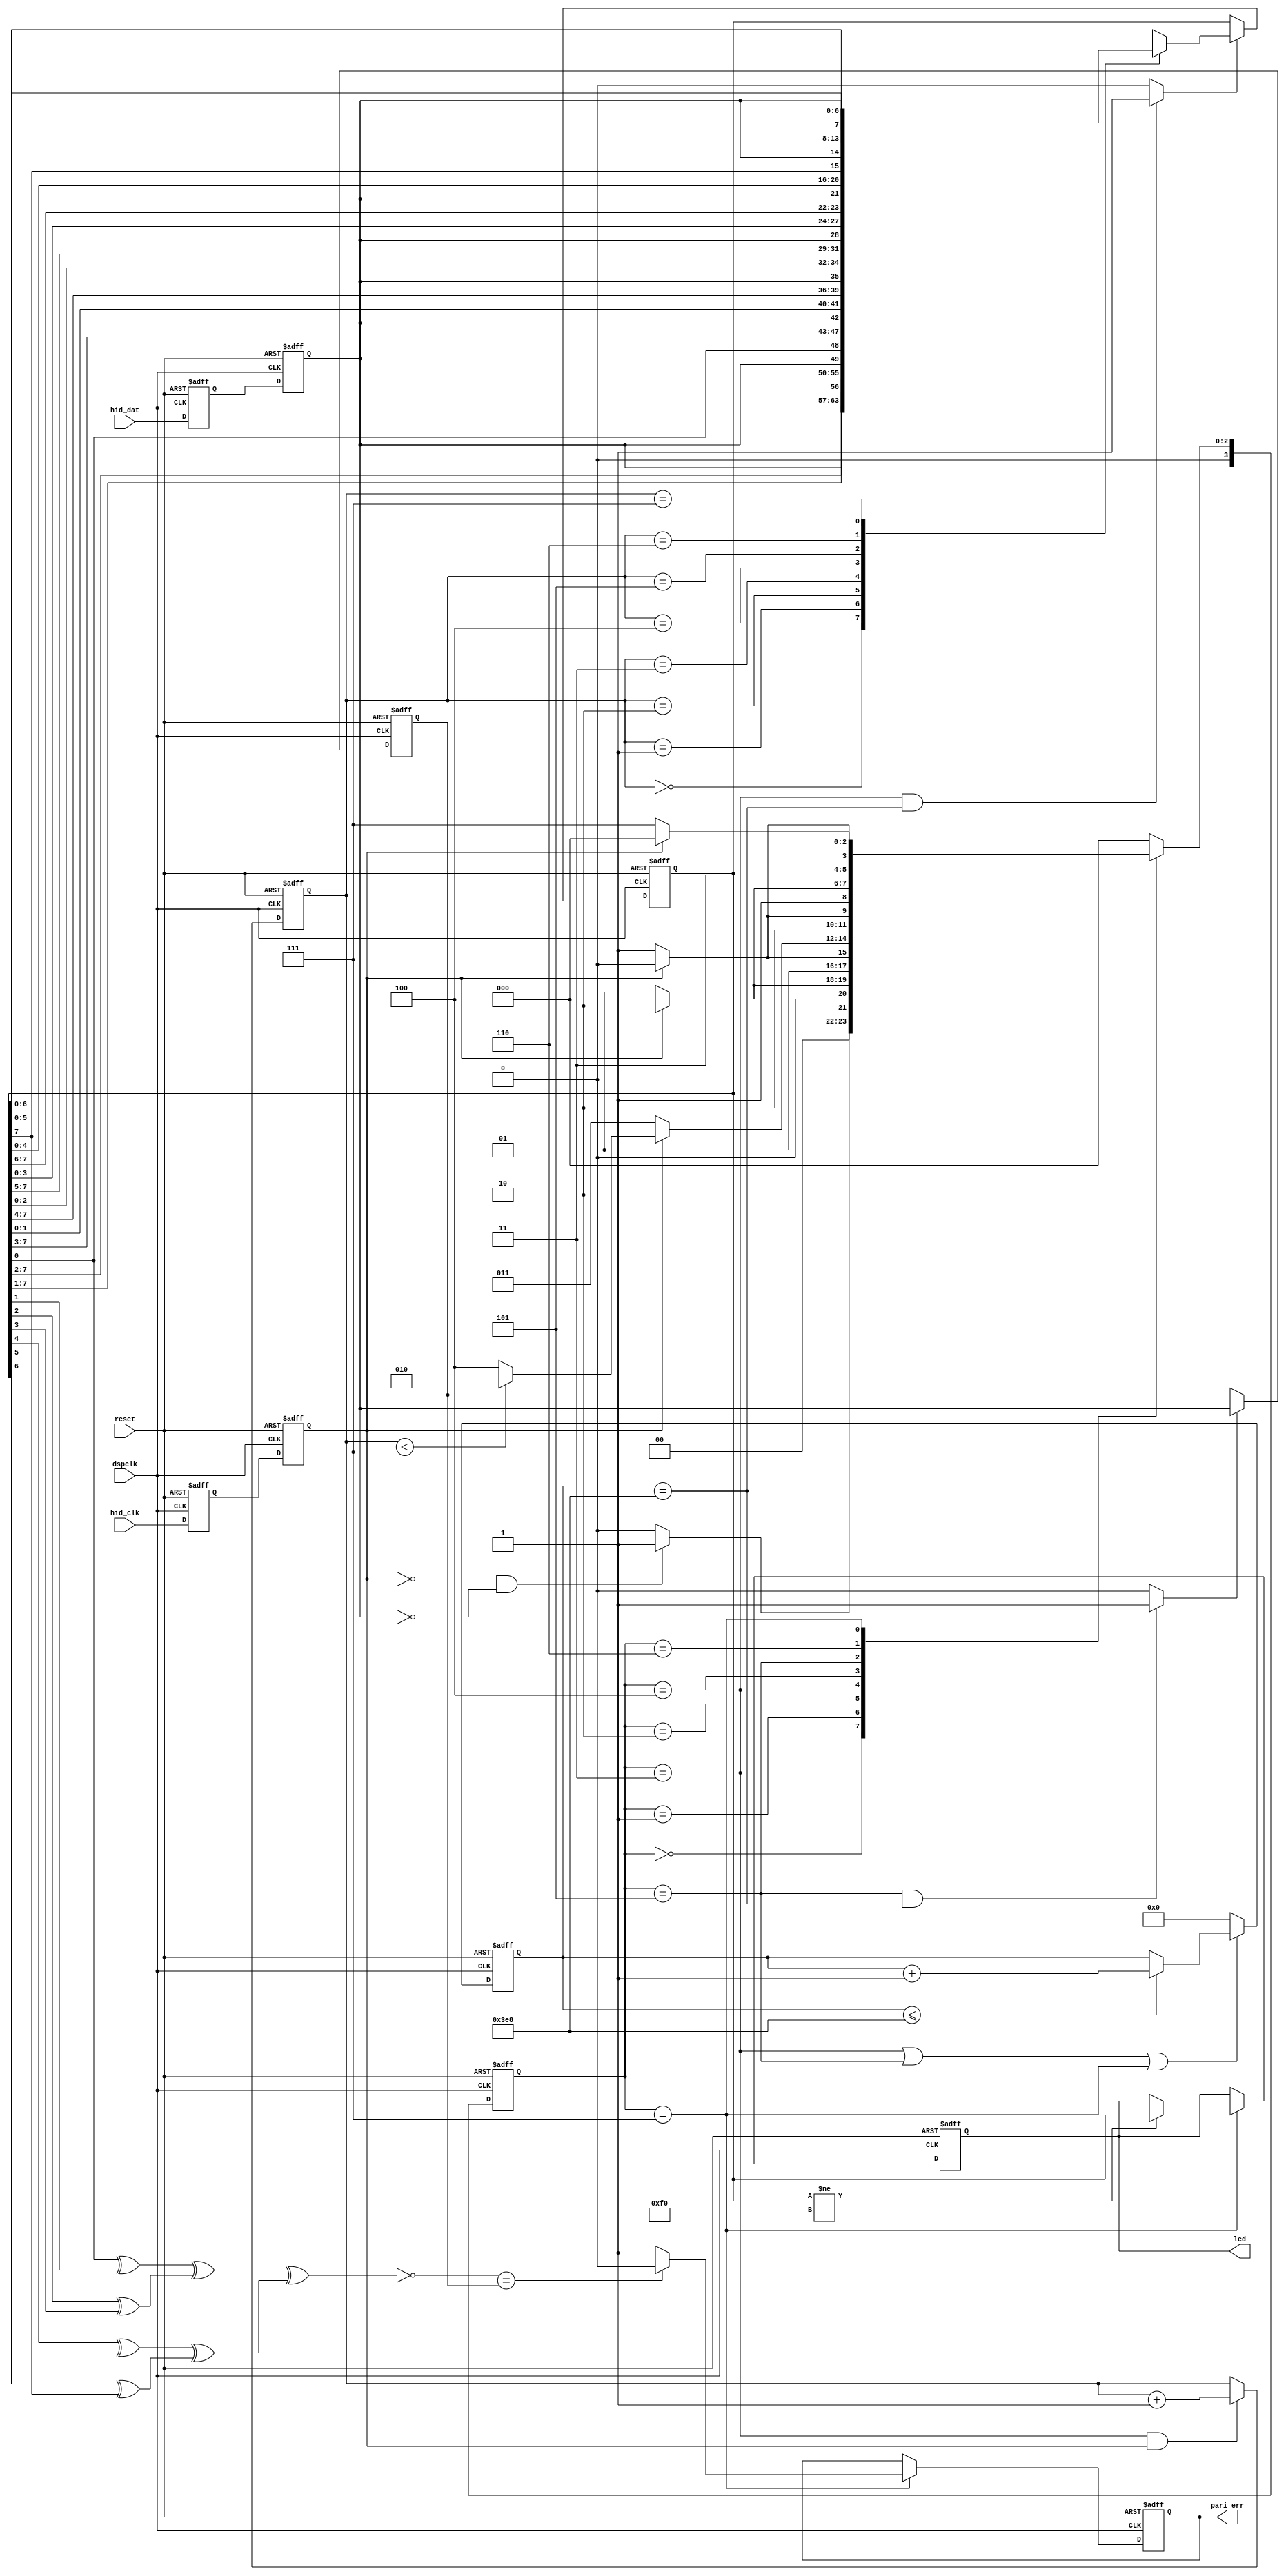
`timescale 1ns / 1ps
//////////////////////////////////////////////////////////////////////////////////
// DegicLab - Da Nang - Vietnam
// degic.center@gmail.com
// +84 935 737 800
// 
// Design Name: 
// Module Name: hid_controller
// Project Name: HID Demo
// Target Devices: Basys3
// Tool Versions: Vivado 2018.1
// Description: 
// 
// Dependencies: 
// 
// Revision:
// Revision 0.01 - File Created
// Additional Comments:
// 
//////////////////////////////////////////////////////////////////////////////////


// HID controller
// version  1

// History
/*20190425: 
 - initial version
 - parity:   not yet
 - data decode:  not yet
 - data saving:  not yet
 - action: not yet
*/

`define IDLE        4'd0
`define DATA_ST     4'd1
`define DATA_HI     4'd2
`define DATA_LO     4'd3
`define PARI_HI     4'd4
`define PARI_LO     4'd5
`define STOP_HI     4'd6
`define STOP_LO     4'd7

`define CAP_CNT  10'd1000

module hid_controller (
  input wire        dspclk,
  input wire        reset,
  input wire        hid_clk,
  input wire        hid_dat,
  output reg        pari_err,
  output reg [7:0]  led
  );
  
reg             clk_sync0, clk_sync;
reg             dat_sync0, dat_sync;
reg     [9:0]   dsp_counter;
reg     [3:0]   state;
reg     [3:0]   next;
reg     [2:0]   cnt;
reg             rec_pari;

wire data_capture;
wire pari_capture;

always @ ( posedge dspclk or posedge reset ) begin
    if (reset == 1'b1 ) begin 
        clk_sync0   <=  1'b1;
        clk_sync    <=  1'b1;
        dat_sync0   <=  1'b1;
        dat_sync    <=  1'b1;
    end
    else begin
        clk_sync0   <=  hid_clk;
        clk_sync    <=  clk_sync0; 
        dat_sync0   <=  hid_dat;
        dat_sync    <=  dat_sync0;
 end
end

// capture counter
always @(posedge dspclk or posedge reset) begin
    if (reset == 1'b1)
        dsp_counter <= 10'd0;
    else begin
        if (state == `DATA_LO || state == `PARI_LO || state == `STOP_LO) begin 
            if (dsp_counter <= `CAP_CNT)    dsp_counter  <= dsp_counter + 10'd1;
            else                            dsp_counter  <= dsp_counter;
        end
        else                                dsp_counter  <= 10'd0;
    end
end

// state machine:
 always @ (posedge dspclk or posedge reset) begin
  if ( reset == 1'b1 ) state  <= `IDLE;
  else      state <=  next;
 end

// Next state 
always @ (*) begin
    case (state) 
        `IDLE:      if ( !clk_sync && !dat_sync )   next = `DATA_ST;
                    else                            next = `IDLE;
        `DATA_ST:   if ( clk_sync )                 next = `DATA_HI;
                    else                            next = `DATA_ST;
        `DATA_HI:   if ( !clk_sync )                next = `DATA_LO;
                    else                            next = `DATA_HI;
        `DATA_LO:   if ( clk_sync ) begin
                        if (cnt < 3'd7 )            next = `DATA_HI;
                        else                        next = `PARI_HI;
                    end         
                    else                            next = `DATA_LO;
        `PARI_HI:   if ( !clk_sync )                next = `PARI_LO;
                    else                            next = `PARI_HI;
        `PARI_LO:   if ( clk_sync )                 next = `STOP_HI;
                    else                            next = `PARI_LO;
        `STOP_HI:   if ( !clk_sync )                next = `STOP_LO;
                    else                            next = `STOP_HI;
        `STOP_LO:   if ( clk_sync )                 next = `IDLE;
                    else                            next = `STOP_LO;
        default:                                    next = `IDLE;      
    endcase
end

// DegicLab - Da Nang - Vietnam
// degic.center@gmail.com
// https://degiclab.blogspot.com/

 assign data_capture = ((state == `DATA_LO ) && (dsp_counter == `CAP_CNT)) ? 1'b1 : 1'b0;
 assign pari_capture = ((state == `PARI_LO ) && (dsp_counter == `CAP_CNT)) ? 1'b1 : 1'b0;
 
//bit counter
reg [7:0]   key_code;
always @ (posedge dspclk or posedge reset ) begin
    if (reset == 1'b1 ) begin  
        cnt         <=  3'd0;
    end
    else  begin 
        if ( state == `DATA_LO && clk_sync ) begin 
            cnt             <=  cnt + 3'd1;
        end
    end
end

always @ (posedge dspclk or posedge reset ) begin
    if (reset == 1'b1 ) begin  
        key_code    <=  8'h00;
    end
    else begin
        if (data_capture) begin
            case (cnt)
                3'd0: key_code   <=  {key_code[7:1], dat_sync};
                3'd1: key_code   <=  {key_code[7:2], dat_sync, key_code[0]};
                3'd2: key_code   <=  {key_code[7:3], dat_sync, key_code[1:0]};
                3'd3: key_code   <=  {key_code[7:4], dat_sync, key_code[2:0]};
                3'd4: key_code   <=  {key_code[7:5], dat_sync, key_code[3:0]};
                3'd5: key_code   <=  {key_code[7:6], dat_sync, key_code[4:0]};
                3'd6: key_code   <=  {key_code[7], dat_sync, key_code[5:0]};
                3'd7: key_code   <=  {dat_sync, key_code[6:0]};
            endcase 
         end
     end
end 
// DegicLab - Da Nang - Vietnam
// degic.center@gmail.com
// https://degiclab.blogspot.com/

  
//parity
wire cal_pari;
assign cal_pari = ~(((key_code[0] ^ key_code[1] ) ^ (key_code[2] ^ key_code[3] )) ^ ((key_code[4] ^ key_code[5] ) ^ (key_code[6] ^ key_code[7] )));


always @ ( posedge dspclk or posedge reset ) begin
    if ( reset == 1'b1 ) begin
        rec_pari        <= 1'b0;
    end
    else begin
        if ( pari_capture == 1'b1 ) begin
            rec_pari    <= dat_sync;
        end
    end 
end


// pari error 
always @ ( posedge dspclk or posedge reset ) begin
    if ( reset == 1'b1 ) begin
        pari_err    <= 1'b0; 
    end
    else begin
        if ( state == `STOP_LO ) begin
            if ( cal_pari == rec_pari ) begin 
                pari_err    <= 1'b0;
            end 
            else begin
                pari_err    <= 1'b1;
            end
        end
    end 
end

// LED
always @ ( posedge dspclk or posedge reset ) begin
    if ( reset == 1'b1 ) begin
        led     <= 8'h00; 
    end 
    else begin
        if (state == `STOP_LO ) begin
            if (key_code != 8'hF0) begin 
                led <= key_code;
            end
        end  
    end
end

endmodule